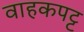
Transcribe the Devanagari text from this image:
वाहकपट्ट